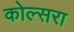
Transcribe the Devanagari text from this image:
कोल्‍सरा